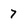
Character: 7